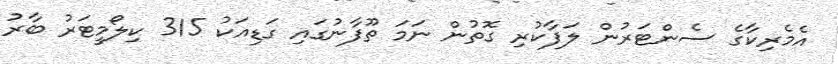
އެމެރިކާގެ ސެންޓަރުން ލަފާކުރި ގޮތުން ނަމަ ތޫފާނުގައި ގަޑިއަކު 315 ކިލޯމީޓަރު ބާރު